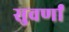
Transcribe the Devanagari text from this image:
सुवर्णां